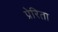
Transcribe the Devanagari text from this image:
प्रेरिता